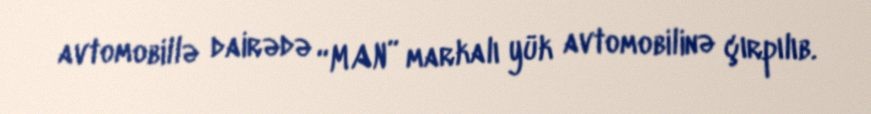
avtomobillə dairədə “MAN” markalı yük avtomobilinə çırpılıb.